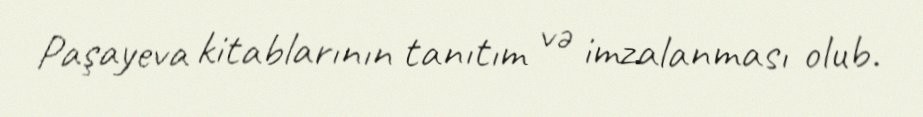
Paşayeva kitablarının tanıtım və imzalanması olub.